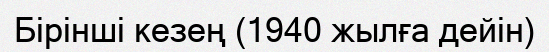
Бірінші кезең (1940 жылға дейін)